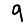
Digit: 9